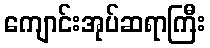
ကျောင်းအုပ်ဆရာကြီး